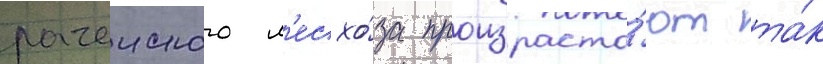
рачеиского л'есхо́за произраста́ют та́к